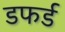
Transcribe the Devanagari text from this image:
डफर्ड